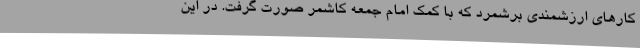
کارهای ارزشمندی برشمرد که با کمک امام‌ جمعه کاشمر صورت گرفت. در این